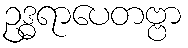
ဥဒ္ဓရာပေတဗ္ဗာ